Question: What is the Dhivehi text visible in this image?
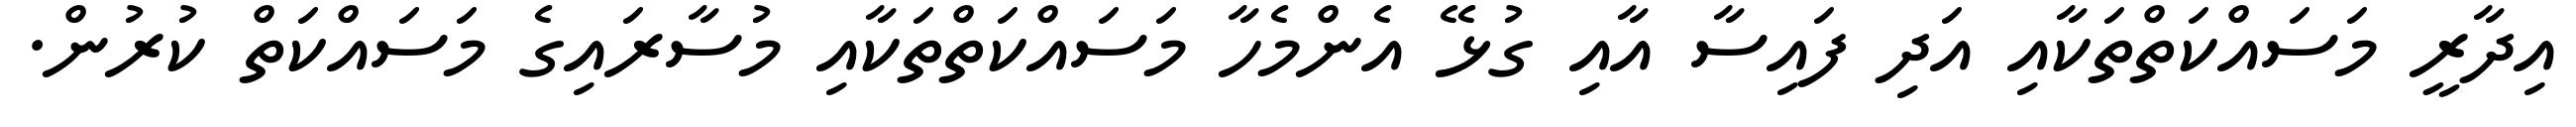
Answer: އިދާރީ މަސައްކަތްތަކާއި އަދި ފައިސާ އާއި ގުޅޭ އެންމެހާ މަސައްކަތްތަކާއި މުސާރައިގެ މަސައްކަތް ކުރުން.